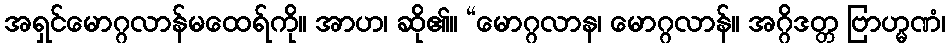
အရှင်မောဂ္ဂလာန်မထေရ်ကို။ အာဟ၊ ဆို၏။ “မောဂ္ဂလာန၊ မောဂ္ဂလာန်။ အဂ္ဂိဒတ္တ ဗြာဟ္မဏံ၊